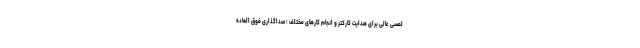
لمسی عالی برای هدایت کارکتر و انجام کارهای مختلف ؛ صداگذاری فوق العاده